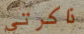
ذاكرتي